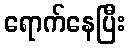
ရောက်နေပြီး